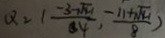
Q = ( \frac { - 3 - \sqrt { 4 1 } } { 8 4 } , \frac { - 1 1 + \sqrt { 4 1 } } { 8 } )